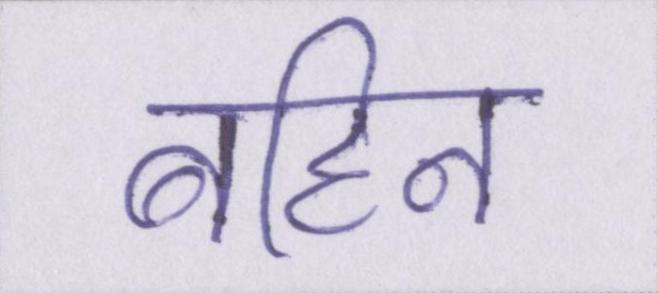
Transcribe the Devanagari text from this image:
बहिन